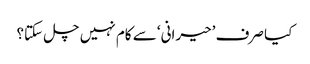
کیا صرف ’حیرانی‘ سے کام نہیں چل سکتا؟